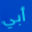
أبي